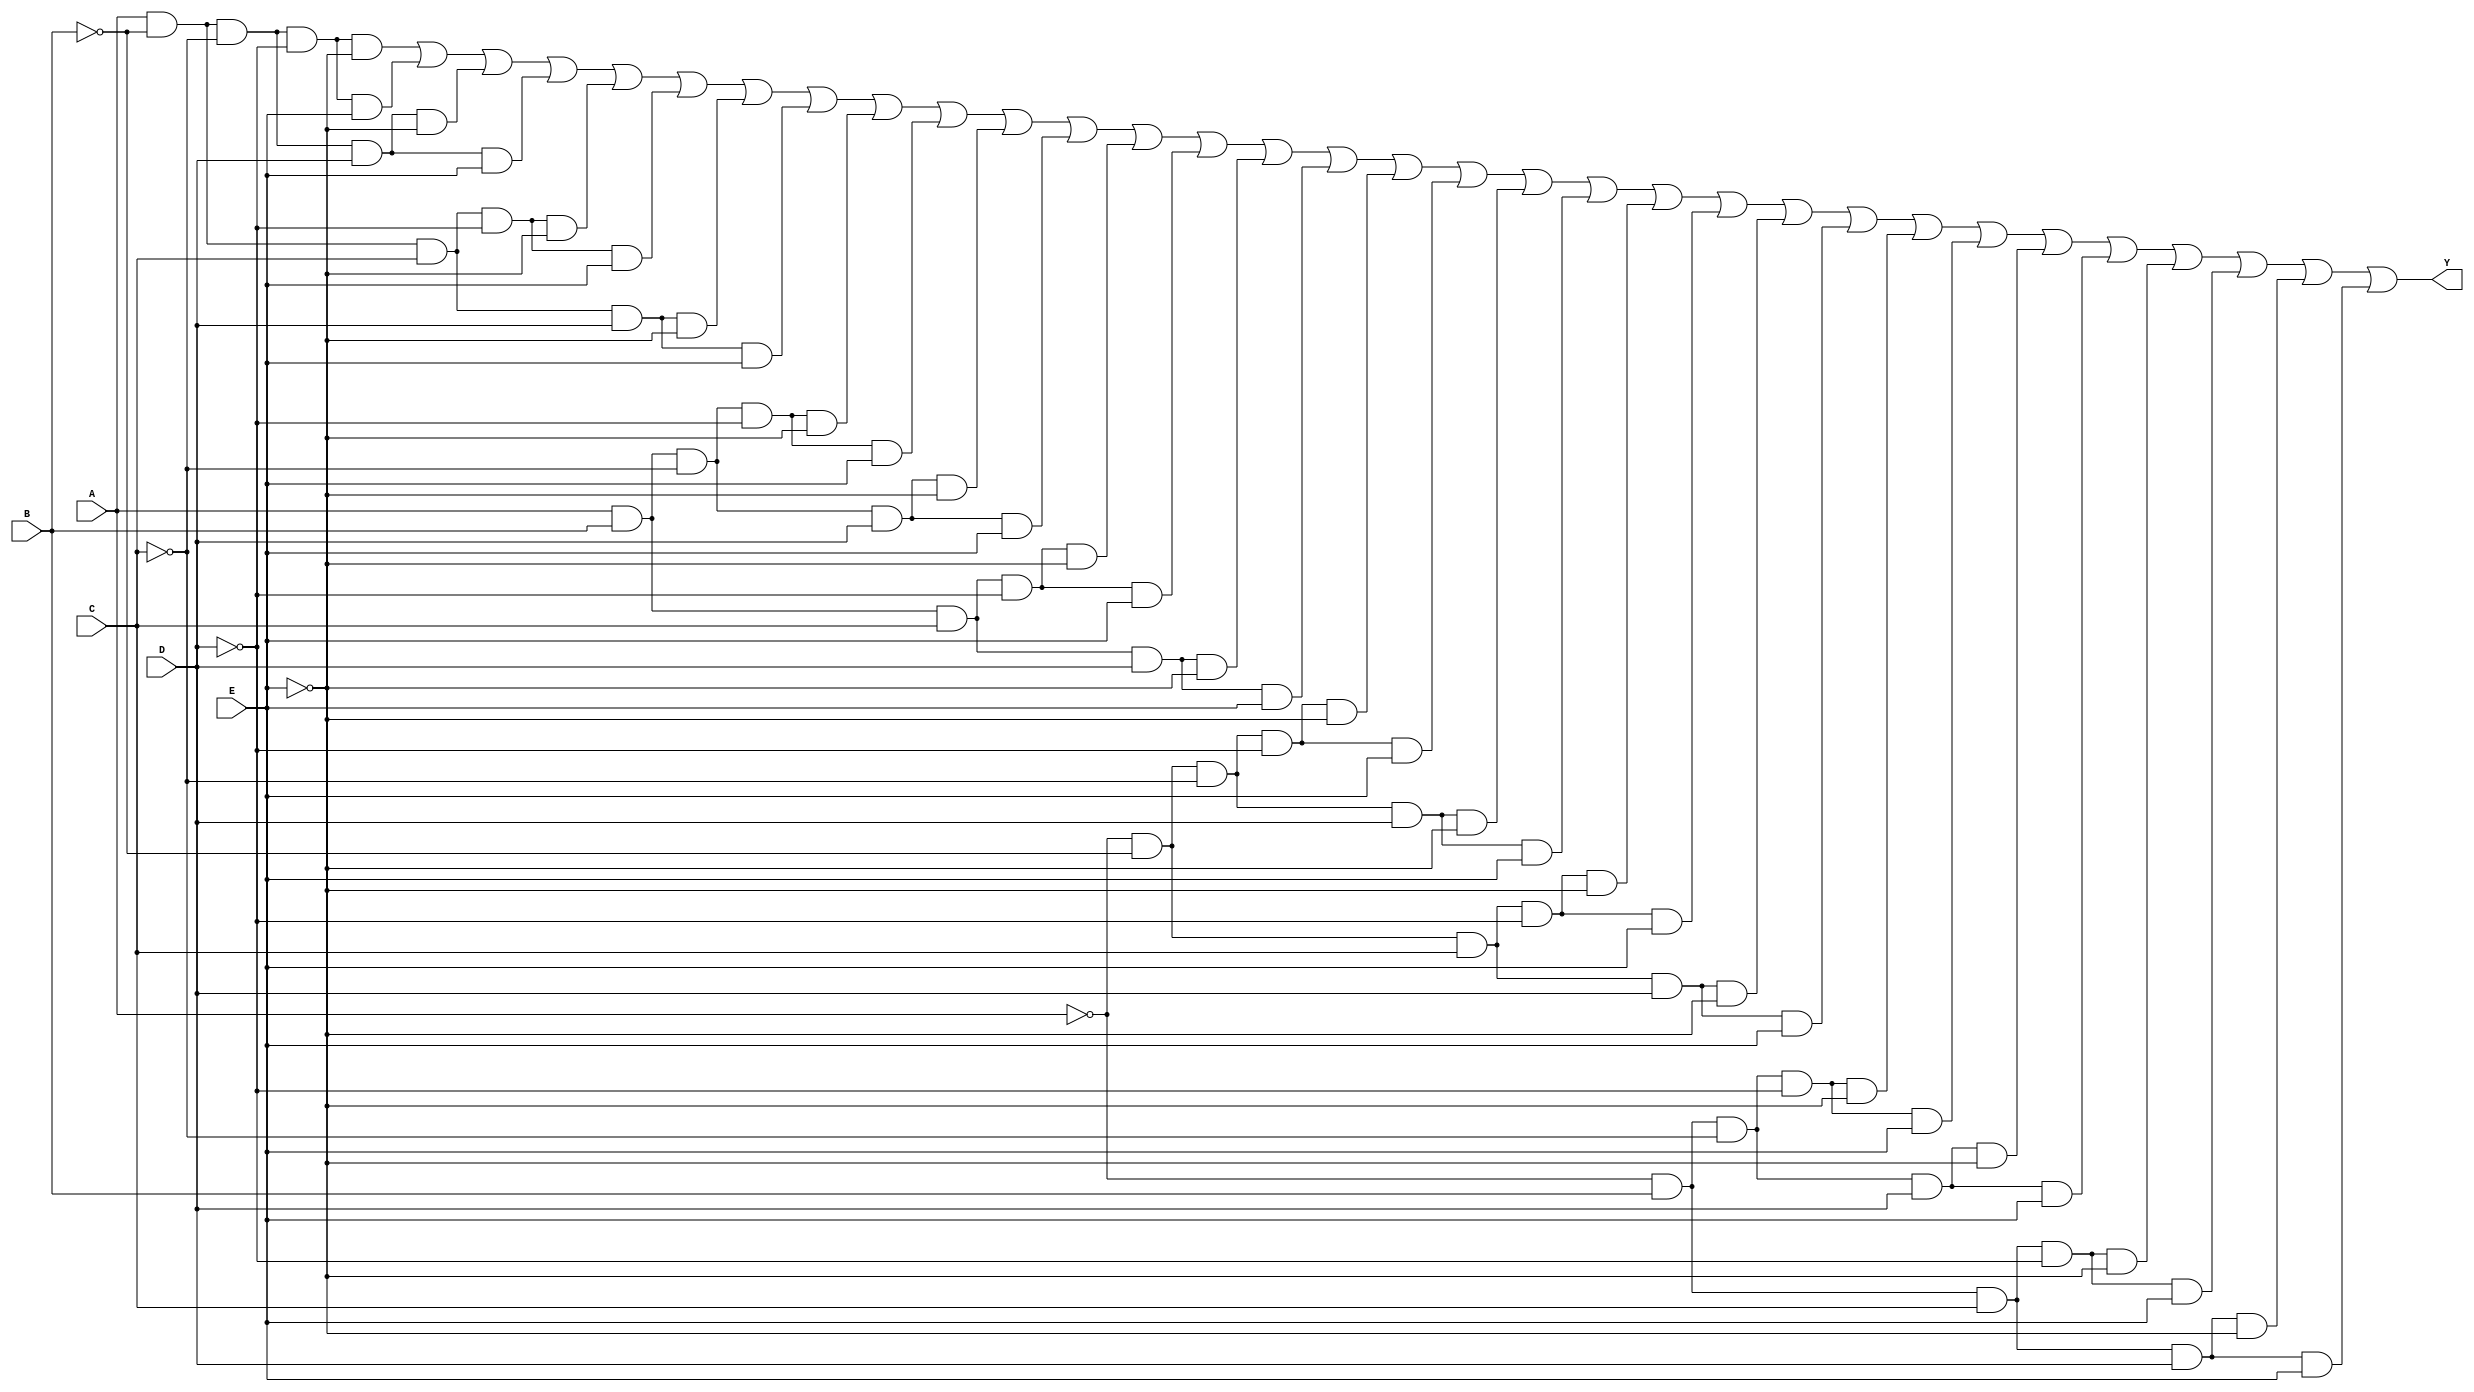
module five_variable_kmap (
    input wire A,    // Input variable A
    input wire B,    // Input variable B
    input wire C,    // Input variable C
    input wire D,    // Input variable D
    input wire E,    // Input variable E
    output wire Y    // Output of the K-map simplification
);

// Internal wire to represent the minterms
wire [31:0] minterms;

// Mapping the K-map cells to the corresponding minterms
assign minterms[0]  = A & ~B & ~C & ~D & ~E; // m0
assign minterms[1]  = A & ~B & ~C & ~D & E;  // m1
assign minterms[2]  = A & ~B & ~C & D & ~E;  // m2
assign minterms[3]  = A & ~B & ~C & D & E;   // m3
assign minterms[4]  = A & ~B & C & ~D & ~E;  // m4
assign minterms[5]  = A & ~B & C & ~D & E;   // m5
assign minterms[6]  = A & ~B & C & D & ~E;   // m6
assign minterms[7]  = A & ~B & C & D & E;    // m7
assign minterms[8]  = A & B & ~C & ~D & ~E;  // m8
assign minterms[9]  = A & B & ~C & ~D & E;   // m9
assign minterms[10] = A & B & ~C & D & ~E;   // m10
assign minterms[11] = A & B & ~C & D & E;    // m11
assign minterms[12] = A & B & C & ~D & ~E;   // m12
assign minterms[13] = A & B & C & ~D & E;    // m13
assign minterms[14] = A & B & C & D & ~E;    // m14
assign minterms[15] = A & B & C & D & E;     // m15
assign minterms[16] = ~A & ~B & ~C & ~D & ~E; // m16
assign minterms[17] = ~A & ~B & ~C & ~D & E;  // m17
assign minterms[18] = ~A & ~B & ~C & D & ~E;  // m18
assign minterms[19] = ~A & ~B & ~C & D & E;   // m19
assign minterms[20] = ~A & ~B & C & ~D & ~E;  // m20
assign minterms[21] = ~A & ~B & C & ~D & E;   // m21
assign minterms[22] = ~A & ~B & C & D & ~E;   // m22
assign minterms[23] = ~A & ~B & C & D & E;    // m23
assign minterms[24] = ~A & B & ~C & ~D & ~E;  // m24
assign minterms[25] = ~A & B & ~C & ~D & E;   // m25
assign minterms[26] = ~A & B & ~C & D & ~E;   // m26
assign minterms[27] = ~A & B & ~C & D & E;    // m27
assign minterms[28] = ~A & B & C & ~D & ~E;   // m28
assign minterms[29] = ~A & B & C & ~D & E;    // m29
assign minterms[30] = ~A & B & C & D & ~E;    // m30
assign minterms[31] = ~A & B & C & D & E;     // m31

// Output Y is the OR of all minterms that are true
assign Y = minterms[0] | minterms[1] | minterms[2] | minterms[3] |
           minterms[4] | minterms[5] | minterms[6] | minterms[7] |
           minterms[8] | minterms[9] | minterms[10] | minterms[11] |
           minterms[12] | minterms[13] | minterms[14] | minterms[15] |
           minterms[16] | minterms[17] | minterms[18] | minterms[19] |
           minterms[20] | minterms[21] | minterms[22] | minterms[23] |
           minterms[24] | minterms[25] | minterms[26] | minterms[27] |
           minterms[28] | minterms[29] | minterms[30] | minterms[31];

endmodule